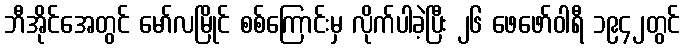
ဘီအိုင်အေတွင် မော်လမြိုင် စစ်ကြောင်းမှ လိုက်ပါခဲ့ပြီး ၂၆ ဖေဖော်ဝါရီ ၁၉၄၂တွင်